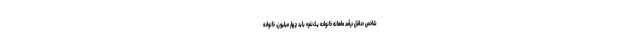
شاخص حداقل درآمد ماهانه خانواده یک‌نفره باید چهار میلیون، خانواده